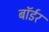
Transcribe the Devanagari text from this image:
बाॅर्डर